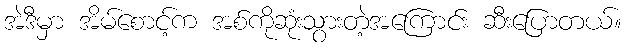
အဲဒီမှာ အိမ်စောင့်က အစ်ကိုဆုံးသွားတဲ့အကြောင်း ဆီးပြောတယ်။